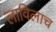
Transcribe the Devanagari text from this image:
लाविलाच